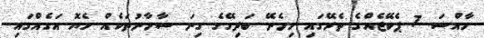
ހާއްސަ 7 ޕެކޭޖެއްގެ ތެރޭގައި ހިމެނޭ ބަދިގޭގެ ގިނަ ސާމާނުތަކެއް ހެޔޮ އަގެއްގައި